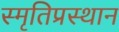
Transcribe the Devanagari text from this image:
स्मृतिप्रस्थान